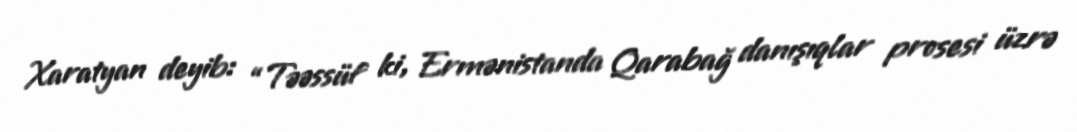
Xaratyan deyib: “Təəssüf ki, Ermənistanda Qarabağ danışıqlar prosesi üzrə